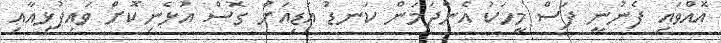
އޮއްވައި ފެނުނީ ފަސް މީހަކު އެންދަމަން ކަނޑު އަޑިއަށް ގޮސް އުޅެނިކޮށް ވައިފުޅިއާއި